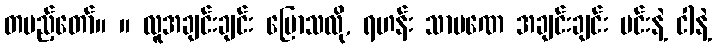
တပည့်တော်။ ။ လူအချင်းချင်း ပြောသလို, ရဟန်း သာမဏေ အချင်းချင်း မင်းနဲ့ ငါနဲ့